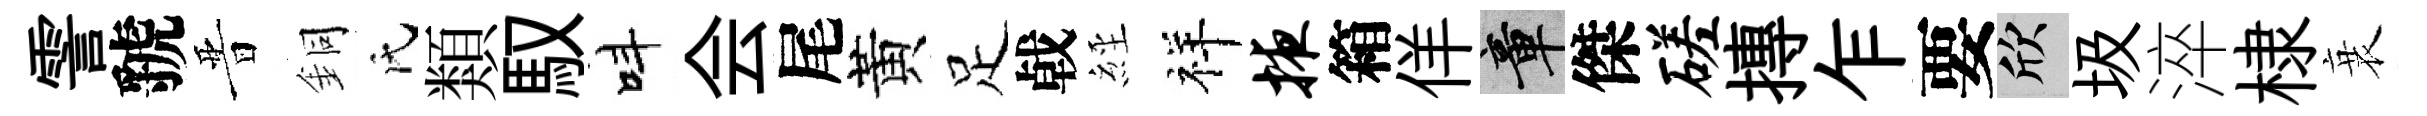
霅虢晋銅氏類馭呌会尾黃足㦸𦀇祥掖箱佯章傑磋摶乍要欣圾淬棣衰